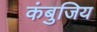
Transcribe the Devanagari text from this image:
कंबुजिय